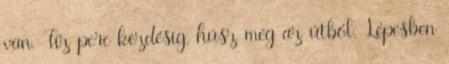
van. Tíz perc kezdésig, húsz még az útból. Lépésben